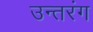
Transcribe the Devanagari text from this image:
उन्तरंग